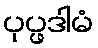
ပုပ္ဖဒါမံ